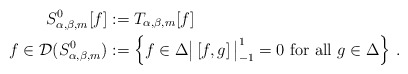
\begin{align*}S^0_{\alpha,\beta,m}[f]&:= T_{\alpha,\beta,m}[f]\\f\in \mathcal{D}(S^0_{\alpha,\beta,m})&:=\left\{f\in \Delta\big|\left[f,g\right]\big|_{-1}^1=0 \mbox{ for all } g\in \Delta\right\}\,.\end{align*}